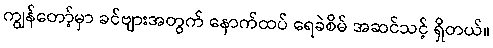
ကျွန်တော့်မှာ ခင်ဗျားအတွက် နောက်ထပ် ရေခဲစိမ် အဆင်သင့် ရှိတယ်။